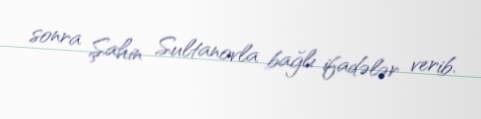
sonra Şahin Sultanovla bağlı ifadələr verib.